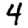
Digit: 4